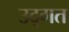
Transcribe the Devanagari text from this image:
उद्गत